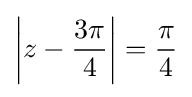
\left|z-{\frac {3\pi }{4}}\right|={\frac {\pi }{4}}